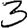
Digit: 3